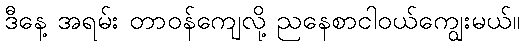
ဒီနေ့ အရမ်း တာဝန်ကျေလို့ ညနေစာငါဝယ်ကျွေးမယ်။